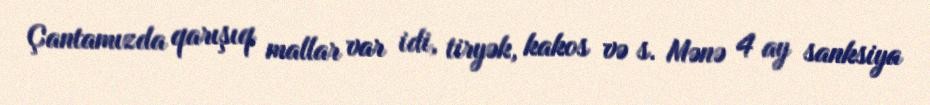
Çantamızda qarışıq mallar var idi, tiryək, kakos və s. Mənə 4 ay sanksiya